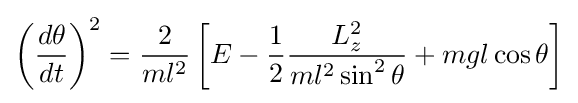
\left({\frac {d\theta }{dt}}\right)^{2}={\frac {2}{ml^{2}}}\left[E-{\frac {1}{2}}{\frac {L_{z}^{2}}{ml^{2}\sin ^{2}\theta }}+mgl\cos \theta \right]